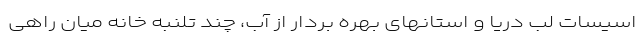
اسیسات لب دریا و استانهای بهره بردار از آب، چند تلنبه خانه میان راهی